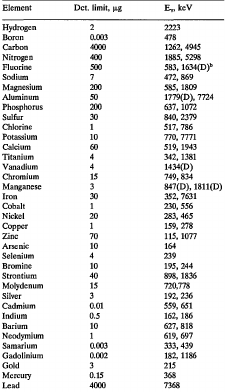
<table><thead><tr><td><b>Element</b></td><td><b>Dct. limit, μg</b></td><td><b>E<sub>γ</sub>,keV</b></td></tr></thead><tbody><tr><td>Hydrogen</td><td> 2</td><td>2223</td></tr><tr><td>Boron</td><td> 0.003</td><td>478</td></tr><tr><td>Carbon</td><td> 4000</td><td>1262, 4945</td></tr><tr><td>Nitrogen</td><td> 400</td><td>1885, 5298</td></tr><tr><td>Fluorine</td><td> 500</td><td>583, 1634(D)b</td></tr><tr><td>Sodium</td><td> 7</td><td>472, 869</td></tr><tr><td>Magnesium</td><td> 200</td><td>585, 1809</td></tr><tr><td>Aluminum</td><td> 50</td><td>1779(D), 7724</td></tr><tr><td>Phosphorus</td><td> 200</td><td>637, 1072</td></tr><tr><td>Sulfur</td><td> 30</td><td>840, 2379</td></tr><tr><td>Chlorine</td><td> 1</td><td>517, 786</td></tr><tr><td>Potassium</td><td> 10</td><td>770, 7771</td></tr><tr><td>Calcium</td><td> 60</td><td>519, 1943</td></tr><tr><td>Titanium</td><td> 4</td><td>342, 1381</td></tr><tr><td>Vanadium</td><td> 4</td><td>1434(D)</td></tr><tr><td>Chromium</td><td> 15</td><td>749, 834</td></tr><tr><td>Manganese</td><td> 3</td><td>847(D), 1811(D)</td></tr><tr><td>Iron</td><td> 30</td><td>352, 7631</td></tr><tr><td>Cobalt</td><td> 1</td><td>230, 556</td></tr><tr><td>Nickel</td><td> 20</td><td>283, 465</td></tr><tr><td>Copper</td><td> 1</td><td>159, 278</td></tr><tr><td>Zinc</td><td> 70</td><td>115, 1077</td></tr><tr><td>Arsenic</td><td> 10</td><td>164</td></tr><tr><td>Selenium</td><td> 4</td><td>239</td></tr><tr><td>Bromine</td><td> 10</td><td>195, 244</td></tr><tr><td>Strontium</td><td> 40</td><td>898, 1836</td></tr><tr><td>Molydenum</td><td> 15</td><td>720, 778</td></tr><tr><td>Silver</td><td> 3</td><td>192, 236</td></tr><tr><td>Cadmium</td><td> 0.01</td><td>559, 651</td></tr><tr><td>Indium</td><td> 0.5</td><td>162, 186</td></tr><tr><td>Barium</td><td> 10</td><td>627, 818</td></tr><tr><td>Neodymium</td><td> 1</td><td>619, 697</td></tr><tr><td>Samarium</td><td> 0.003</td><td>333, 439</td></tr><tr><td>Gadolinium</td><td> 0.002</td><td>182, 1186</td></tr><tr><td>Gold</td><td> 3</td><td>215</td></tr><tr><td>Mercury</td><td> 0.15</td><td>368</td></tr><tr><td>Lead</td><td> 4000</td><td>7368</td></tr></tbody></table>